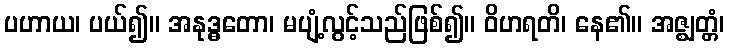
ပဟာယ၊ ပယ်၍။ အနုဒ္ဓတော၊ မပျံ့လွင့်သည်ဖြစ်၍။ ဝိဟရတိ၊ နေ၏။ အဇ္ဈတ္တံ၊